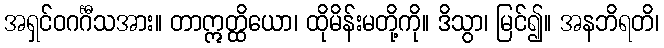
အရှင်ဝဂင်္ဂီသအား။ တာဣတ္ထိယော၊ ထိုမိန်းမတို့ကို။ ဒိသွာ၊ မြင်၍။ အနဘိရတိ၊